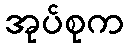
အုပ်စုက